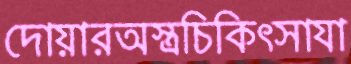
দোয়ারঅস্ত্রচিকিত্সাযা